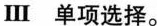
Ⅲ 单项选择。